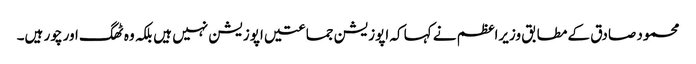
محمود صادق کے مطابق وزیراعظم نے کہا کہ اپوزیشن جماعتیں اپوزیشن نہیں ہیں بلکہ وہ ٹھگ اور چور ہیں۔